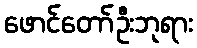
ဖောင်တော်ဦးဘုရား